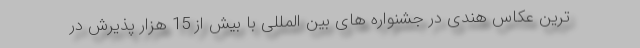
ترین عکاس هندی در جشنواره های بین المللی با بیش از 15 هزار پذیرش در